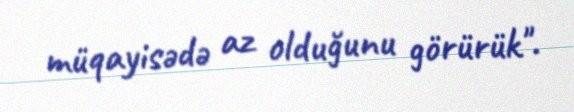
müqayisədə az olduğunu görürük".